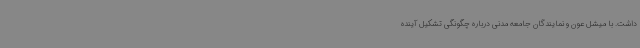
داشت. با میشل عون و نمایندگان جامعه مدنی درباره چگونگی تشکیل آینده